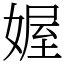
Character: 媉